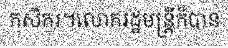
កសិករ។លោករដ្ឋមន្ត្រីក៏បាន